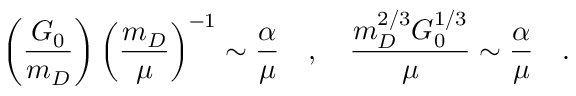
\left( \frac { G _ { 0 } } { m _ { D } } \right) \left( \frac { m _ { D } } { \mu } \right) ^ { - 1 } \sim \frac { \alpha } { \mu } \quad , \quad \frac { m _ { D } ^ { 2 / 3 } G _ { 0 } ^ { 1 / 3 } } { \mu } \sim \frac { \alpha } { \mu } \quad .